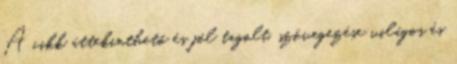
A cikk áttekinthető és jól tagolt, szövegezése világos és